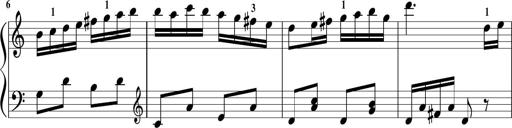
Title: Sonatina in G major
Composer: Friedrich Kuhlau
Key: G major